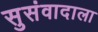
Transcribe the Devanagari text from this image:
सुसंवादाला